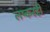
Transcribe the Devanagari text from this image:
लष्करही